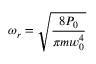
\omega _ { r } = { \sqrt { \frac { 8 P _ { 0 } } { \pi m w _ { 0 } ^ { 4 } } } }